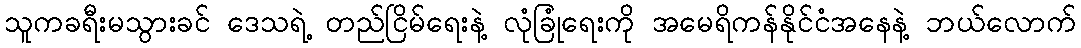
သူကခရီးမသွားခင် ဒေသရဲ့ တည်ငြိမ်ရေးနဲ့ လုံခြုံရေးကို အမေရိကန်နိုင်ငံအနေနဲ့ ဘယ်လောက်